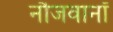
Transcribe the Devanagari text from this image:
नौजवानॉ